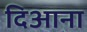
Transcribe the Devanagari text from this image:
दिआना